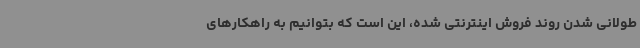
طولانی شدن روند فروش اینترنتی شده، این است که بتوانیم به راهکارهای